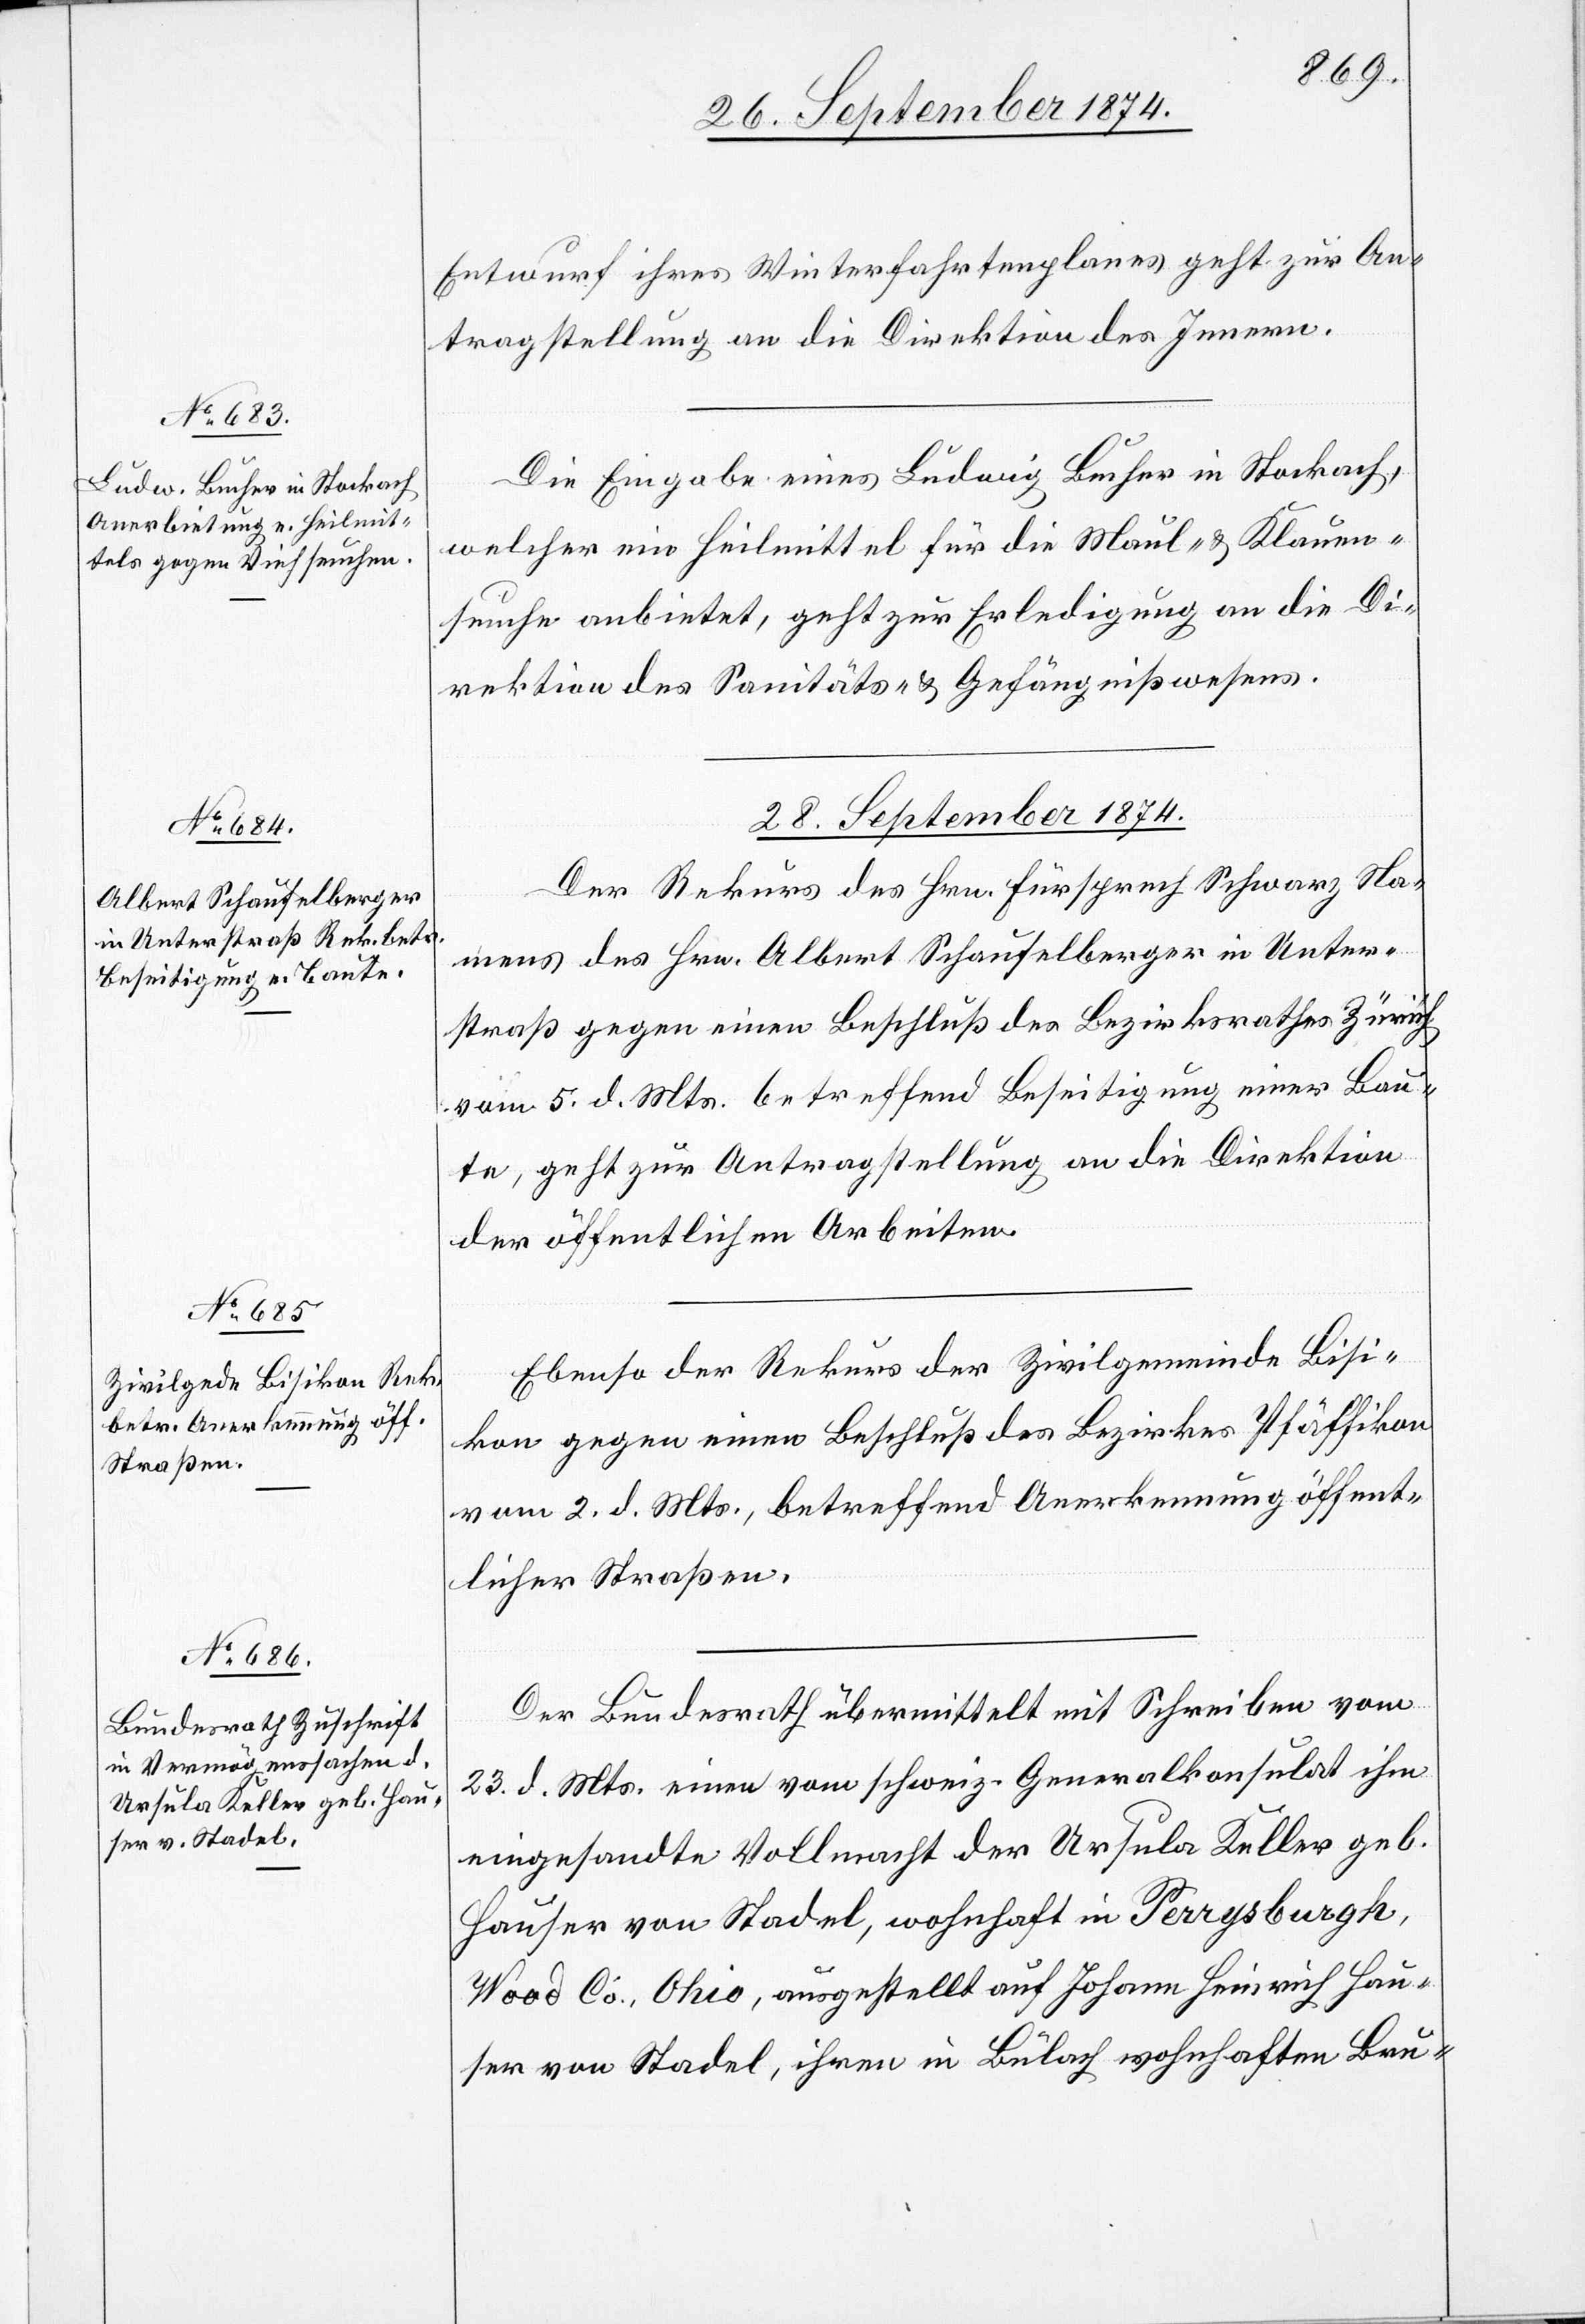
26. September 1874.]
Entwurf ihre Winterfahrtenplanes geht zur An¬
tragstellung an die Direktion des Innern.
Die Eingabe eines Ludwig Bucher in Stockach,
welcher ein Heilmittel für die Maul- & Klauen¬
seuche anbietet, geht zur Erledigung an die Di¬
rektion des Sanitäts- & Gefängnißwesens.
28. September 1874.]
Der Rekurs des Hrn. Fürsprech Schwarz Na¬
mens des Hrn. Albert Schaufelberger in Unter¬
straß gegen einen Beschluß des Bezirksrathes Zürich
vom 5. d. Mts. betreffend Beseitigung einer Bau¬
te, geht zur Antragstellung an die Direktion
der öffentlichen Arbeiten.
Ebenso der Rekurs der Zivilgemeinde Bisi¬
kon gegen einen Beschluß des Bezirkes Pfäffikon
vom 2. d. Mts., betreffend Anerkennung öffent¬
licher Straßen.
Der Bundesrath übermittelt mit Schreiben vom
23. d. Mts. einen vom schweiz. Generalkonsulat ihm
eingesandte Vollmacht der Ursula Keller geb.
Hauser von Stadel, wohnhaft in Perrysburgh,
Wood Co. Ohio, ausgestellt auf Johann Heinrich Hau¬
ser von Stadel, ihren in Bülach wohnhaften Bru-